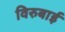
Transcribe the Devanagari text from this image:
विरुबाई